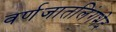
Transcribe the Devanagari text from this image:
वर्णजातलिंगभेद